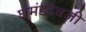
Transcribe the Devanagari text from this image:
घमंडदेवजी